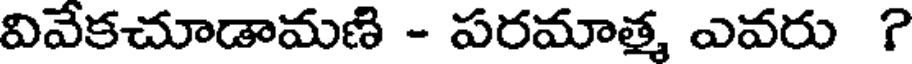
వివేకచూడామణి - పరమాత్మ ఎవరు ?